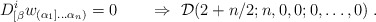
\begin{align*} D^i_{[\beta}w_{(\alpha_1]\ldots\alpha_n)} = 0 \qquad \Rightarrow \ {\cal D}(2+n/2;n,0,0;0,\ldots,0)\;.\end{align*}